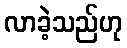
လာခဲ့သည်ဟု